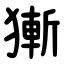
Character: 獑